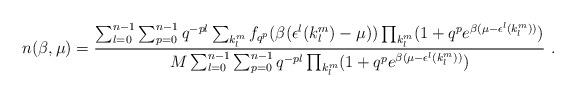
LaTeX: \begin{align*}n(\beta, \mu)=\frac{\sum_{l=0}^{n-1}\sum_{p=0}^{n-1} q^{-pl} \sum_{k^{m}_{l}}f_{q^{p}}(\beta(\epsilon^{l}(k^{m}_{l})-\mu))\prod_{k^{m}_{l}}(1 + q^{p} e^{\beta (\mu - \epsilon^{l}(k^{m}_{l}))})}{M \sum_{l=0}^{n-1}\sum_{p=0}^{n-1} q^{-pl}\prod_{k^{m}_{l}}(1 + q^{p} e^{\beta (\mu - \epsilon^{l}(k^{m}_{l}))})} \ .\end{align*}